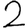
Digit: 2